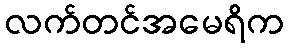
လက်တင်အမေရိက